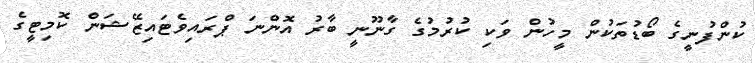
ކުންފުނީގެ ބޯޑުތަކުން މީހުން ވަކި ކުރުމުގެ ގާނޫނީ ބާރު އޮންނަ ޕްރައިވެޓައިޒޭޝަން ކޮމިޓީގެ